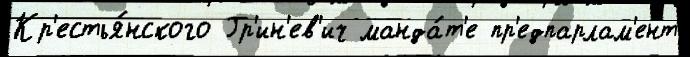
Кр'естья́нского Гр'ин'ев'ич манда́т'е пр'едпарлам'ент